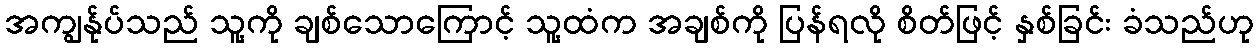
အကျွန်ုပ်သည် သူ့ကို ချစ်သောကြောင့် သူ့ထံက အချစ်ကို ပြန်ရလို စိတ်ဖြင့် နှစ်ခြင်း ခံသည်ဟု